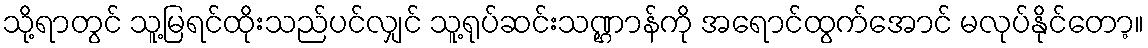
သို့ရာတွင် သူ့မြရင်ထိုးသည်ပင်လျှင် သူ့ရုပ်ဆင်းသဏ္ဌာန်ကို အရောင်ထွက်အောင် မလုပ်နိုင်တော့။